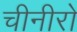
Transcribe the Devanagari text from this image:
चीनीरो